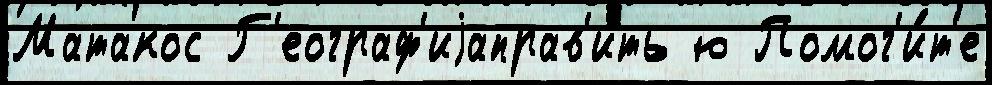
Матакос Г'еограф'иjаправ'ить ю Помог'и́т'е